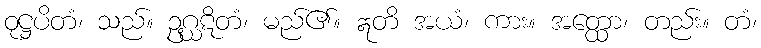
ဝုဋ္ဌပိတံ၊ သည်။ ဥဂ္ဃဋိတံ၊ မည်၏။ ဣတိ အယံ၊ ကား။ အတ္ထော၊ တည်း။ တံ၊